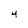
Character: 4